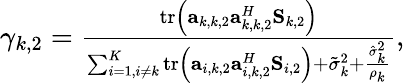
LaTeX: \begin{array}{r}{\gamma_{k,2}=\frac{\mathrm{tr}\left(\mathbf a_{k,k,2}\mathbf a_{k,k,2}^{H}\mathbf S_{k,2}\right)}{\sum_{i=1,i\neq k}^{K}\mathrm{tr}\left(\mathbf a_{i,k,2}\mathbf a_{i,k,2}^{H}\mathbf S_{i,2}\right)+\tilde{\sigma}_{k}^{2}+\frac{\hat{\sigma}_{k}^{2}}{\rho_{k}}},}\end{array}